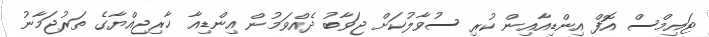
ޓައިމްސް އޮފް އިންޑިއާއިން ކުރި ސުވާލުކަށް ޖަވާބު ދެއްވަމުން އިންޑިއާ ޚާރިޖިއްޔާގެ ތަރުޖަމާނު